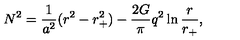
N ^ { 2 } = { \frac { 1 } { a ^ { 2 } } } ( r ^ { 2 } - r _ { + } ^ { 2 } ) - { \frac { 2 G } { \pi } } q ^ { 2 } \ln { \frac { r } { r _ { + } } } ,